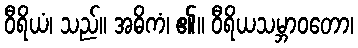
ဝီရိယံ၊ သည်။ အဓိကံ၊ ၏။ ဝီရိယသမ္ဘာဝတော၊